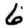
Digit: 6